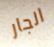
الجار